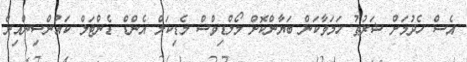
އެސް ހެދުމަށް ޝަރުޠު ހަމަވާކަން ބަޔާންކޮށް މޯލްޑިވްސް މެޑިކަލް އެންޑް ޑެންޓަލް ކައުންސިންއިން